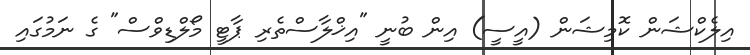
އިލެކްޝަން ކޮމިޝަން (އީސީ) އިން ބުނީ "އިޚްލާސްތެރި ޕާޓީ މޯލްޑިވްސް" ގެ ނަމުގައި